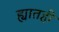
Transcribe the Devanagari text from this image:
ह्यातही